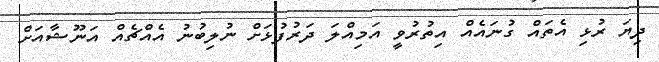
ދިޔަ ރުޅި އެތައް ގުނައެއް އިތުރުވީ އަމިއްލަ ދަރުފުޅަށް ނުލިބުނު އެއްޗެއް އަނޫޝާއަށް